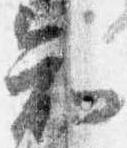
知